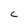
Character: C